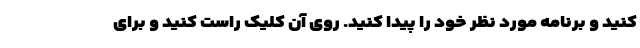
کنید و برنامه مورد نظر خود را پیدا کنید. روی آن کلیک راست کنید و برای